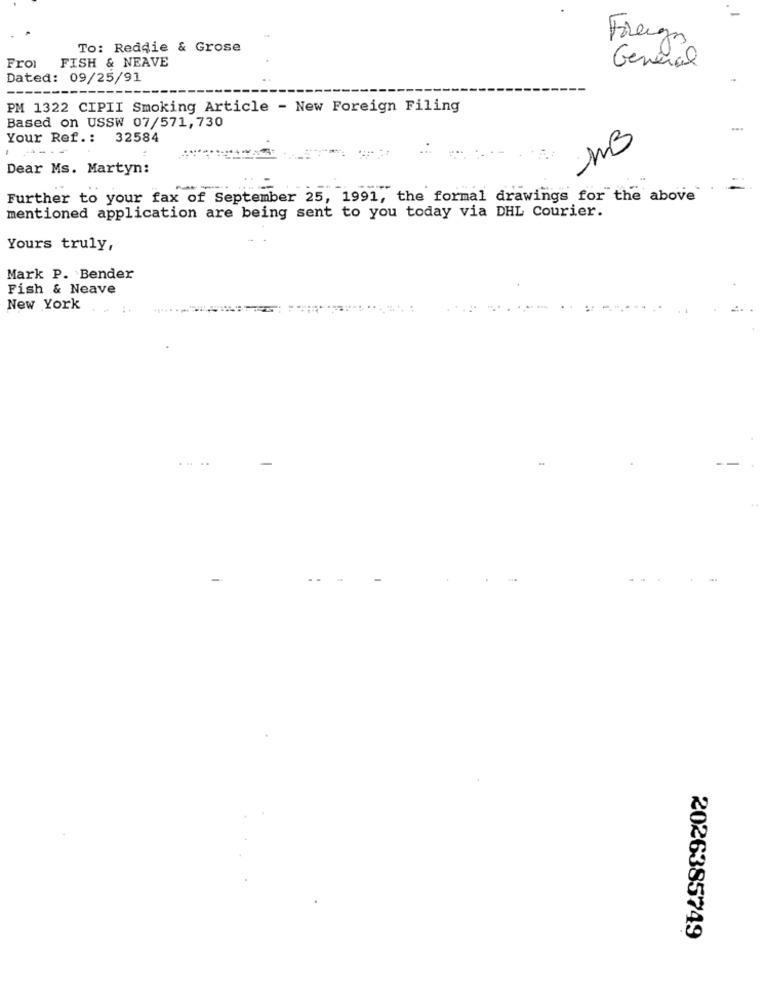
Foreign
To: Reddie & Grose
FISH & NEAVE
General
Froi
Dated: 09/25/91
PM 1322 CIPII Smoking Article - New Foreign Filing
Based on USSW 07/571,730
...
Your Ref .: 32584
1
Dear Ms. Martyn:
. -
Further to your fax of September 25, 1991, the formal drawings for the above
mentioned application are being sent to you today via DHL Courier.
Yours truly,
Mark P. Bender
Fish & Neave
New York
2026385749